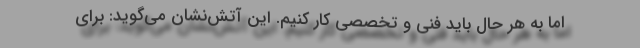
اما به هر حال باید فنی و تخصصی کار کنیم. این آتش‌نشان می‌گوید: برای